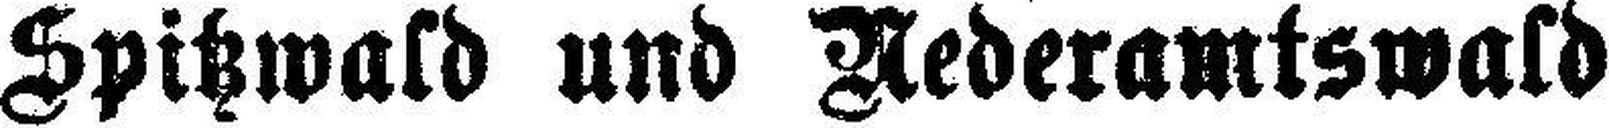
Spitzwald und Nederamtswald